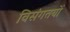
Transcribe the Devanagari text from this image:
विसंगतयों